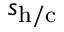
s _ { \mathrm { h / c } }